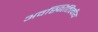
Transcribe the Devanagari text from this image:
अवस्थितित्वीय